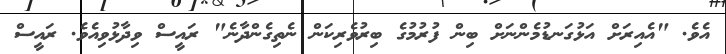
އެވެ. "އެއިރަށް އަޅުގަނޑުމެންނަށް ބިން ފުރުމުގެ ބިރުވެރިކަން ނެތިގެންދާނެ" ރައީސް ވިދާޅުވިއެވެ. ރައީސް